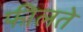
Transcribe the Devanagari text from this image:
फीलते